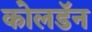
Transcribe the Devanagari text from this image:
कोलडॅन